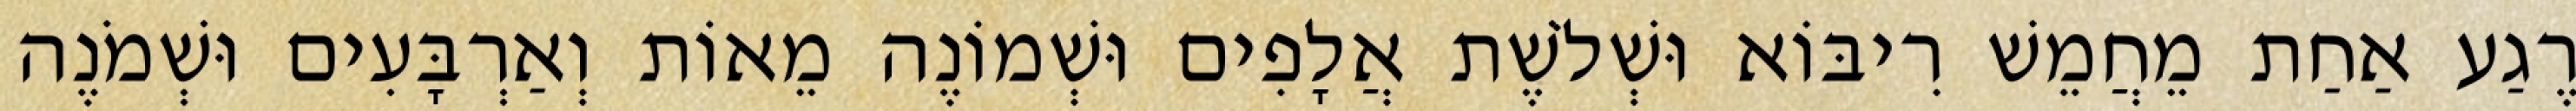
רֶגַע אַחַת מֵחֲמֵשׁ רִיבּוֹא וּשְׁלֹשֶׁת אֲלָפִים וּשְׁמוֹנֶה מֵאוֹת וְאַרְבָּעִים וּשְׁמֹנֶה